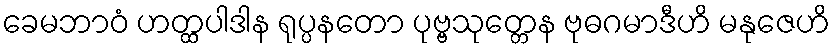
ခေမဘာဝံ ဟတ္ထပါဒါန ရုပ္ပနတော ပုဗ္ဗသုတ္တေန ဗုဓဂမာဒီဟိ မနုဇေဟိ